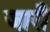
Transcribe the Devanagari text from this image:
जारौं